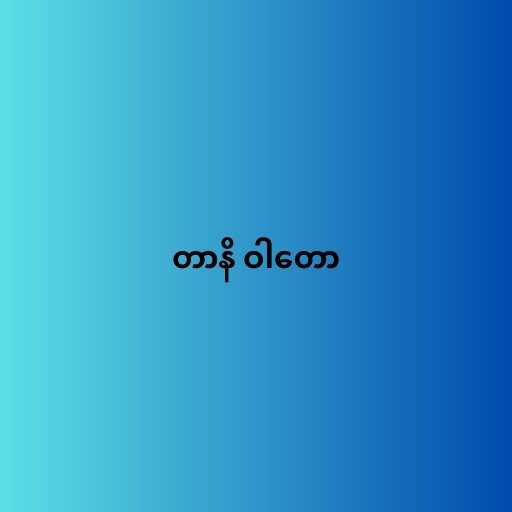
တာနိ ဝါတော